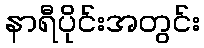
နာရီပိုင်းအတွင်း